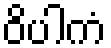
ဝိပါကံ